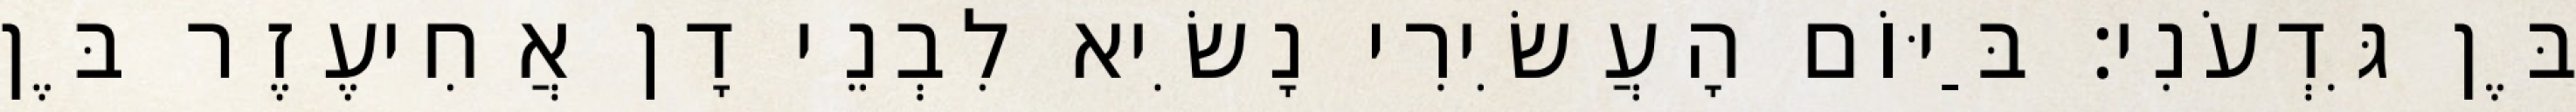
בֶּן גִּדְעֹנִי׃ בַּיּוֹם הָעֲשִׂירִי נָשִׂיא לִבְנֵי דָן אֲחִיעֶזֶר בֶּן